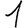
Digit: 1